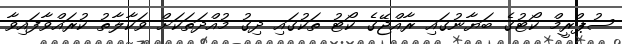
ސުޕްރީމް ކޯޓުގެ ބަޔާނުގައި ރާއްޖޭގެ ކޯޓު ތަކުގައި ދިގު މުއްދަތަކަށް ވަކާލާތު ކުރައްވާފައިވާ